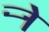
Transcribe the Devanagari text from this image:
र्‍ाे